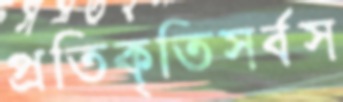
প্রতিকৃতিসর্বস্ব